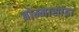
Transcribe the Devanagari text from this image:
बोम्मासांद्रा